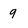
Character: 9